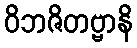
ဝိဘဇိတဗ္ဗာနိ